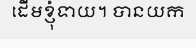
ដើមខ្ញុំទាយ។ បានយក